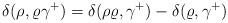
LaTeX: \begin{align*}\delta(\rho,\varrho \gamma^+)=\delta(\rho\varrho,\gamma^+)-\delta(\varrho,\gamma^+)\end{align*}